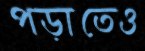
পড়াতেও